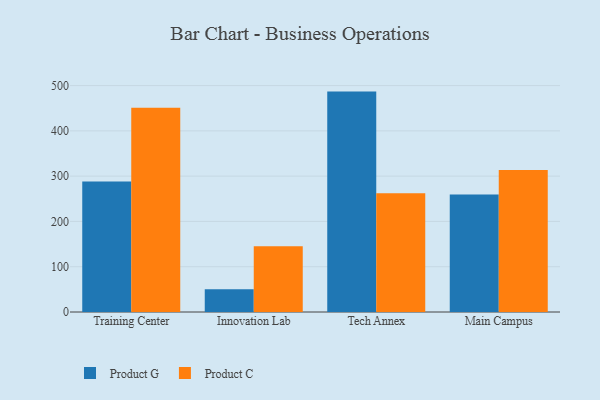
{"axis": {"x": "Campus", "y": "Temperature (°C)"}, "legend": ["Product C", "Product G"], "data": [{"x": "Training Center", "y": 288.1, "type": "Product G"}, {"x": "Training Center", "y": 450.8, "type": "Product C"}, {"x": "Innovation Lab", "y": 50.5, "type": "Product G"}, {"x": "Innovation Lab", "y": 145.4, "type": "Product C"}, {"x": "Tech Annex", "y": 486.7, "type": "Product G"}, {"x": "Tech Annex", "y": 262.2, "type": "Product C"}, {"x": "Main Campus", "y": 259.4, "type": "Product G"}, {"x": "Main Campus", "y": 313.4, "type": "Product C"}]}